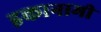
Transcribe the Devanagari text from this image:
इकानामी